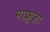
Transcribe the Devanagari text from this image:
माफ्रूज़ा